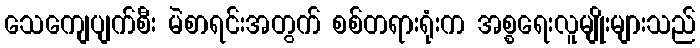
သေကျေပျက်စီး မဲစာရင်းအတွက် စစ်တရားရုံးက အစ္စရေးလူမျိုးများသည်